65_HS1-834228961_62-HQ-83894_SUB_A
Agency: FBI
Page 107
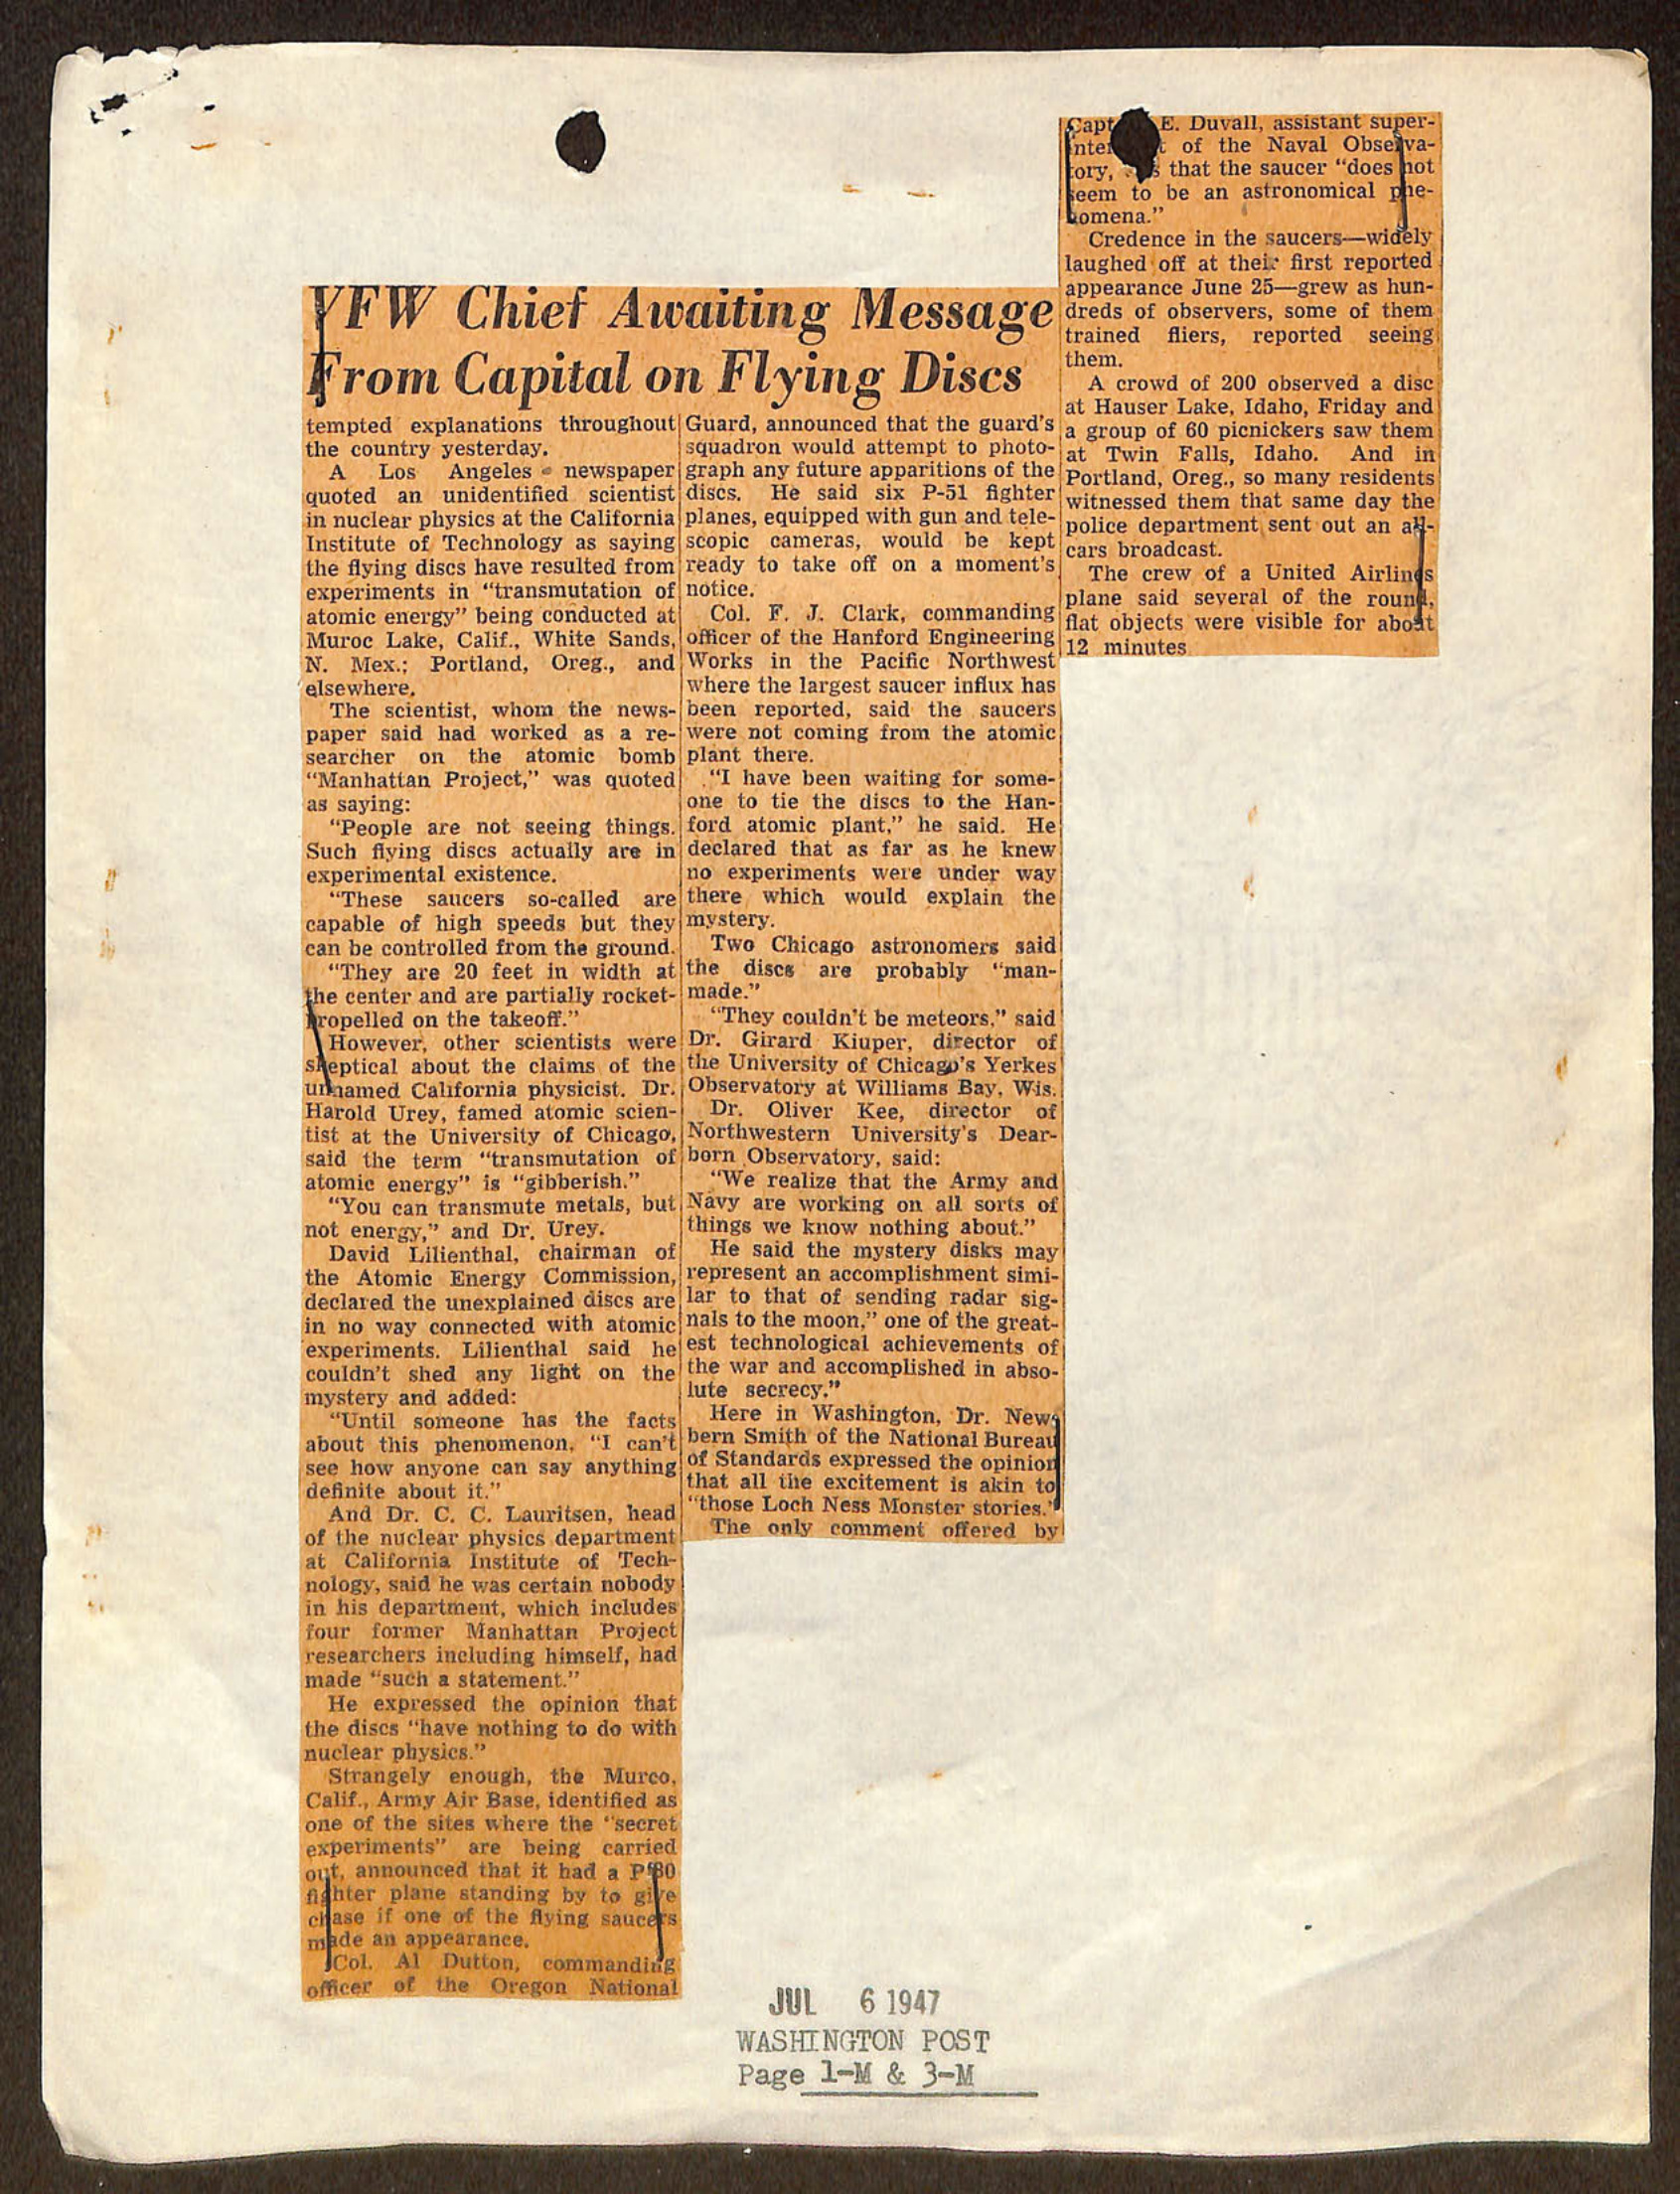